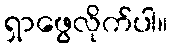
ရှာဖွေလိုက်ပါ။